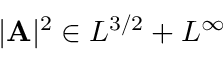
| \mathbf { A } | ^ { 2 } \in L ^ { 3 / 2 } + L ^ { \infty }